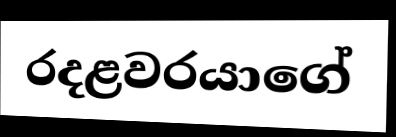
රදළවරයාගේ